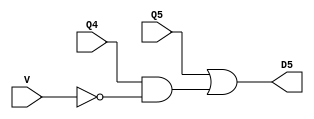
`timescale 1ns / 1ps
//////////////////////////////////////////////////////////////////////////////////
// Company: 
// Engineer: 
// 
// Design Name: 
// Module Name: Location6
// Project Name: 
// Target Devices: 
// Tool Versions: 
// Description: 
// 
// Dependencies: 
// 
// Revision:
// Revision 0.01 - File Created
// Additional Comments:
// 
//////////////////////////////////////////////////////////////////////////////////


module Location5(input V, Q4, Q5, output D5);

    assign D5 = Q5 | (Q4 & ~V);

endmodule